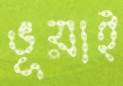
ভূয়াই